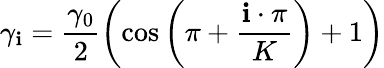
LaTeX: \gamma_{\mathbf{i}}=\frac{{\gamma_{0}}}{{2}}\left(\cos\left(\pi+\frac{{\mathbf{i}\cdot\pi}}{{K}}\right)+1\right)